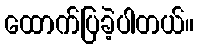
ထောက်ပြခဲ့ပါတယ်။